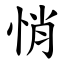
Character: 悄